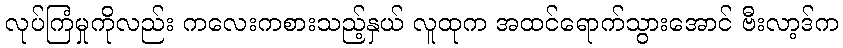
လုပ်ကြံမှုကိုလည်း ကလေးကစားသည့်နှယ် လူထုက အထင်ရောက်သွားအောင် ဗီးလာ့ဒ်က